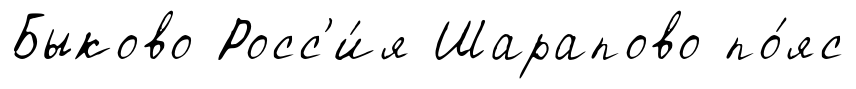
Быково Росс'и́я Шарапово по́яс